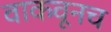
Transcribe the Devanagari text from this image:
वाकवूनच